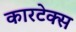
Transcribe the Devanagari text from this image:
कारटेक्स